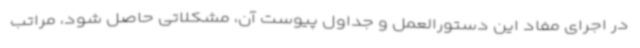
در اجرای مفاد این دستورالعمل و جداول پیوست آن، مشکلاتی حاصل شود، مراتب